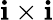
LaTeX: \mathbf{i}\times\mathbf{i}